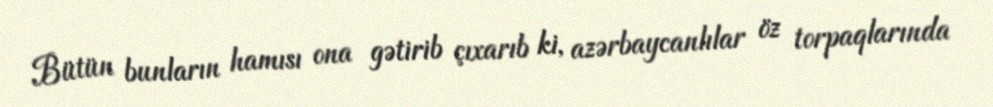
Bütün bunların hamısı ona gətirib çıxarıb ki, azərbaycanlılar öz torpaqlarında